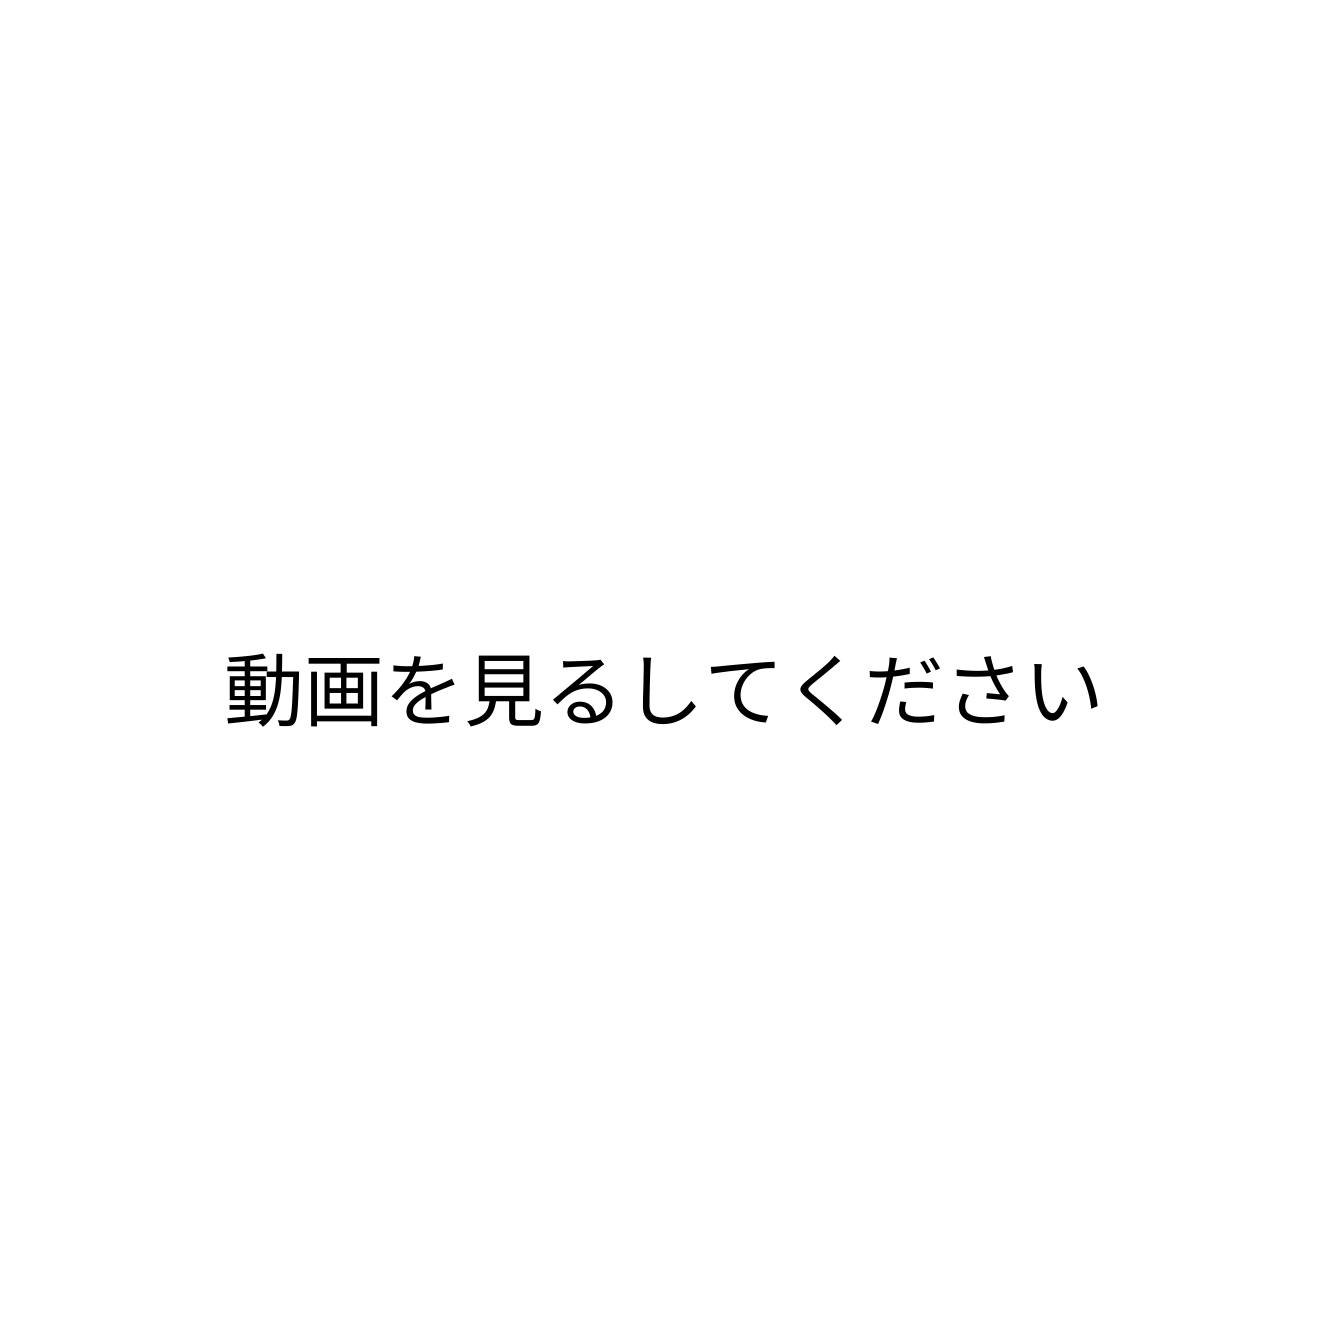
動画を見るしてください